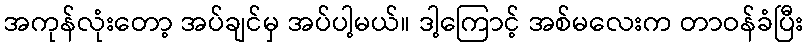
အကုန်လုံးတော့ အပ်ချင်မှ အပ်ပါ့မယ်။ ဒါ့ကြောင့် အစ်မလေးက တာဝန်ခံပြီး